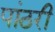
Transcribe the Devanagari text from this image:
पांठरी